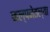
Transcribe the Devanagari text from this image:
कल्पनेतल्या